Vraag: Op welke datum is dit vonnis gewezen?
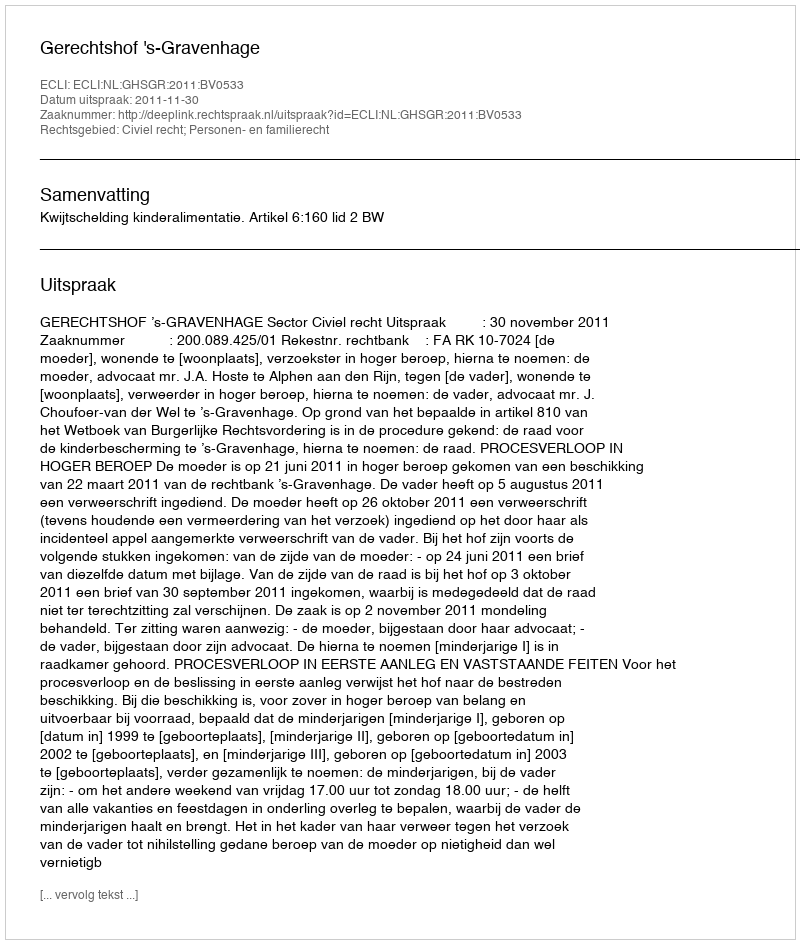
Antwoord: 2011-11-30